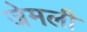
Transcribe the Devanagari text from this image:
जेमली